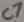
Text: C7